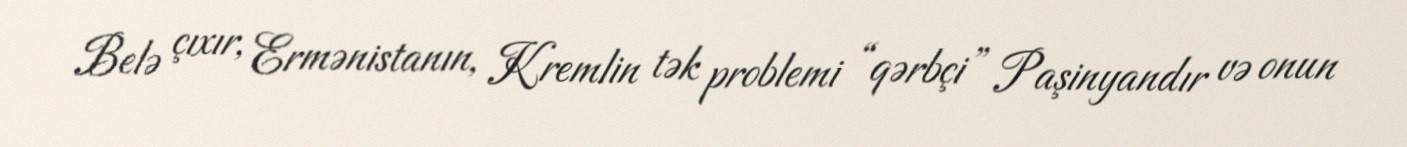
Belə çıxır, Ermənistanın, Kremlin tək problemi “qərbçi” Paşinyandır və onun